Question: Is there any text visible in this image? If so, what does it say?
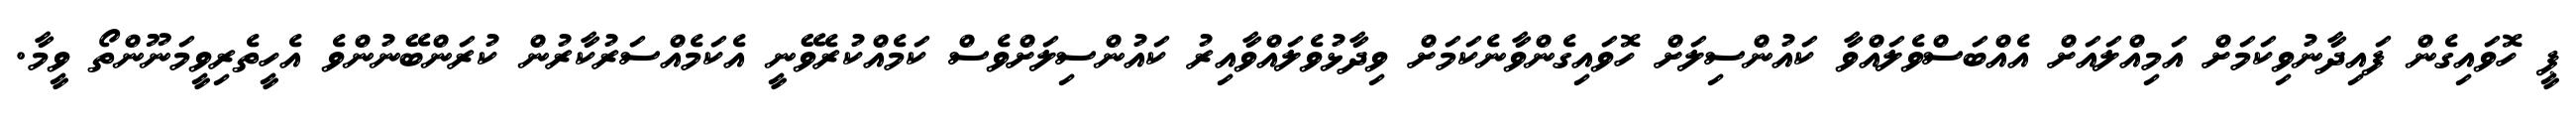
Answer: ޕީ ހޮވައިގެން ފައިދާނުވިކަމަށް އަމިއްލައަށް އެއްބަސްވެލައްވާ ކައުންސިލަށް ހޮވައިގެންވާނެކަމަށް ވިދާޅުވެލައްވާއިރު ކައުންސިލަށްވެސް ކަމެއްކުރެވޭނީ އެކަމެއްސަރުކާރުން ކުރަންބޭނުންވެ އެހީތެރިވީމަނޫންތޯ ވީމާ.